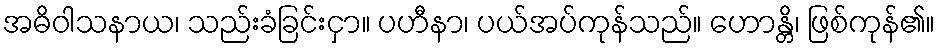
အဓိဝါသနာယ၊ သည်းခံခြင်းငှာ။ ပဟီနာ၊ ပယ်အပ်ကုန်သည်။ ဟောန္တိ၊ ဖြစ်ကုန်၏။